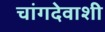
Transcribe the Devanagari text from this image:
चांगदेवाशी